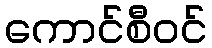
ကောင်စီဝင်